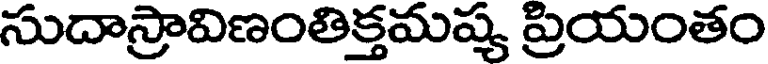
సుదాస్రావిణంతిక్తమష్య ప్రియంతం